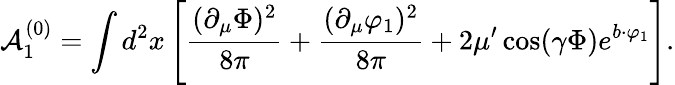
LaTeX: {\cal A}_{1}^{(0)}=\int d^{2}x\left[\frac{(\partial_{\mu}\Phi)^{2}}{8\pi}+\frac{(\partial_{\mu}\varphi_{1})^{2}}{8\pi}+2\mu^{\prime}\cos(\gamma\Phi)e^{b\cdot\varphi_{1}}\right].